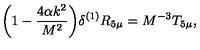
\bigg ( 1 - \frac { 4 \alpha k ^ { 2 } } { M ^ { 2 } } \bigg ) \delta ^ { ( 1 ) } R _ { 5 \mu } = M ^ { - 3 } T _ { 5 \mu } , \,